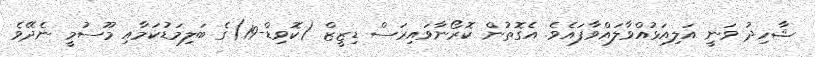
ޝާހިދު ވަނީ އަލިއަޅުއްވާލައްވާފައެވެ. އެގޮތުން ކޮރޯނާވައިރަސް ޑިޒީޒް (ކޮވިޑް-19)ގެ ބަލިމަޑުކަމާއި މޫސުމީ ނެދޭވެ